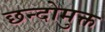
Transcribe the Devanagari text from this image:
छन्दोमुक्त